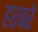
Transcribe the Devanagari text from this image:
हरबरे